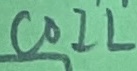
Text: COIL